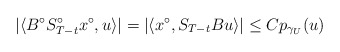
\begin{align*} |\langle B^{\circ}S_{T-t}^{\circ}x^{\circ},u\rangle|=|\langle x^{\circ},S_{T-t}Bu\rangle|\leq Cp_{\gamma_U}(u)\end{align*}